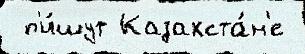
 п'и́шут Казахста́н'е